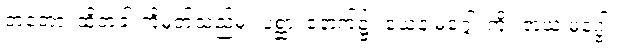
တတော၊ ထိုတံခါးကိုမှတ်သည်မှ။ ပစ္ဆာ၊ နောက်၌။ ယေန မဂ္ဂေါ၊ ကို။ အယံ မဂ္ဗေါ၊